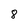
Character: 8